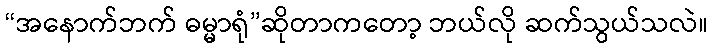
“အနောက်ဘက် ဓမ္မာရုံ”ဆိုတာကတော့ ဘယ်လို ဆက်သွယ်သလဲ။